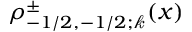
\rho _ { - 1 / 2 , - 1 / 2 ; \mathscr { k } } ^ { \pm } ( x )